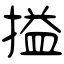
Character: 搤